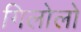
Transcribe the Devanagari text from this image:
गिलोलो